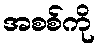
အစစ်ကို